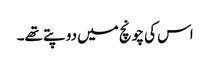
اس کی چونچ میں دو پتے تھے۔